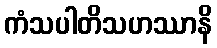
ကံသပါတိသဟဿာနိ